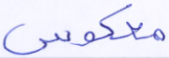
معكوس